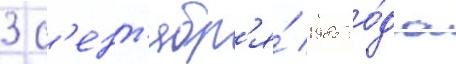
3 с'ент'ябр'я́ 1985 го́да